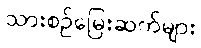
သားစဉ်မြေးဆက်များ